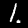
Digit: 1